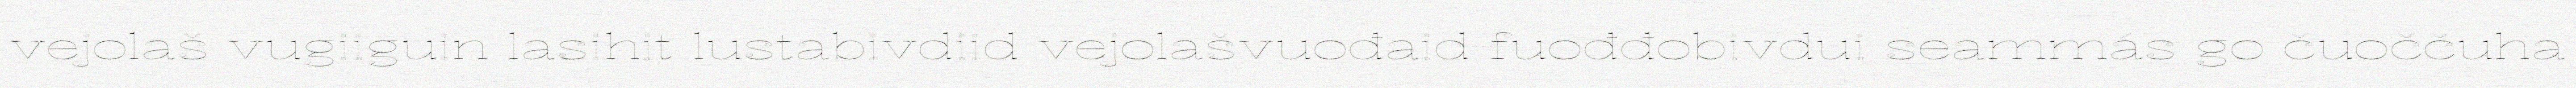
vejolaš vugiiguin lasihit lustabivdiid vejolašvuođaid fuođđobivdui seammás go čuoččuha